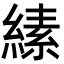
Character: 縤